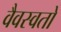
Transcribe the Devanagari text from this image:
वैवस्वतो